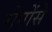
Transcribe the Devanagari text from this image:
रोगोंसे